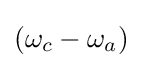
(\omega _{c}-\omega _{a})